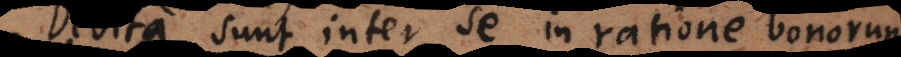
Debita sunt inter se in ratione bonorum